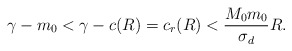
\begin{align*}\gamma-m_{0} < \gamma-c(R)=c_{r}(R)< \frac{M_{0}m_{0}}{\sigma_{d}}R.\end{align*}